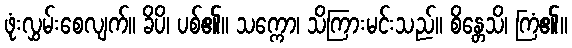
ဖုံးလွှမ်းစေလျက်။ ခိပိ၊ ပစ်၏။ သက္ကော၊ သိကြားမင်းသည်။ စိန္တေသိ၊ ကြံ၏။